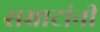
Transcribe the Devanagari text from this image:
सम्राटांनीं